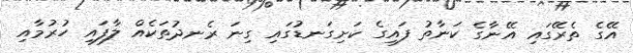
އޭގެ ތެރޭގައި އޭނާގެ ކަނާތު ފައިގެ ކަށިގަނޑުގައި ގިނަ ރެނދުތަކެއް ލާފައި ހުރުމާއި